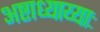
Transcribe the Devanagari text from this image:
अष्टाध्याय्याः